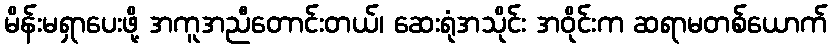
မိန်းမရှာပေးဖို့ အကူအညီတောင်းတယ်၊ ဆေးရုံအသိုင်း အဝိုင်းက ဆရာမတစ်ယောက်